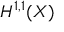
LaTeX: H ^ { 1 , 1 } ( X )